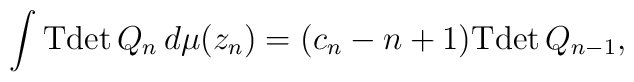
\int {\rm Tdet}\, Q_n \, d\mu(z_n) = (c_n-n+1) {\rm Tdet}\, Q_{n-1},